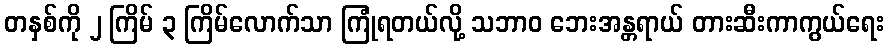
တနှစ်ကို ၂ ကြိမ် ၃ ကြိမ်လောက်သာ ကြုံရတယ်လို့ သဘာဝ ဘေးအန္တရာယ် တားဆီးကာကွယ်ရေး